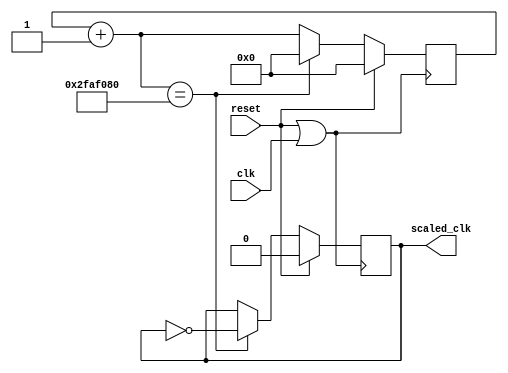
`timescale 1ns / 1ps
//////////////////////////////////////////////////////////////////////////////////
// Company: 
// Engineer: 
// 
// Design Name: 
// Module Name: Clock_Scaler
// Project Name: 
// Target Devices: 
// Tool Versions: 
// Description: 
// 
// Dependencies: 
// 
// Revision:
// Revision 0.01 - File Created
// Additional Comments:
// 
//////////////////////////////////////////////////////////////////////////////////


module Clock_Scaler(input clk, input reset, output reg scaled_clk);

reg [25:0] count;

always@(posedge reset || clk)
begin
    if (reset)
        begin
            scaled_clk = 0;
            count = 0;
        end
    else
        begin
            count = count + 1;
            if ( count == 50000000)
                begin
                    count = 0;
                    scaled_clk = ~scaled_clk;
                end
        end
end
endmodule